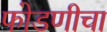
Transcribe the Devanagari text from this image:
फोडणीचा